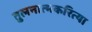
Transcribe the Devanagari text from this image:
तुलनात्मकरित्या